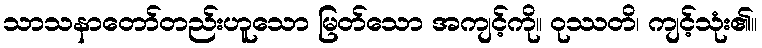
သာသနာတော်တည်းဟူသော မြတ်သော အကျင့်ကို။ ဝုဿတိ၊ ကျင့်သုံး၏။